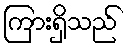
ကြားရှိသည်